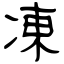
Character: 凍